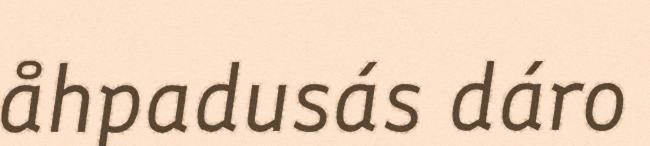
åhpadusás dáro